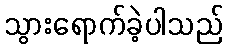
သွားရောက်ခဲ့ပါသည်